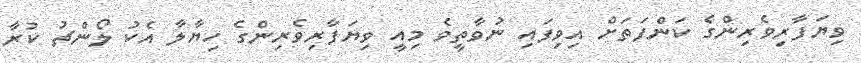
ވިޔަފާރިވެރިންގެ ކަންފަތަށް އިވިފައި ނުވާތީވެ މިއީ ވިޔަފާރިވެރިންގެ ހިޔާލާ އެކު ލޯންޗު ކުރާ